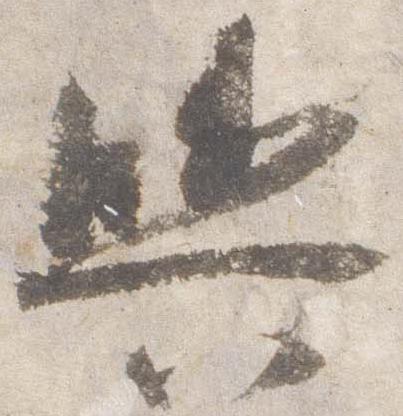
輿